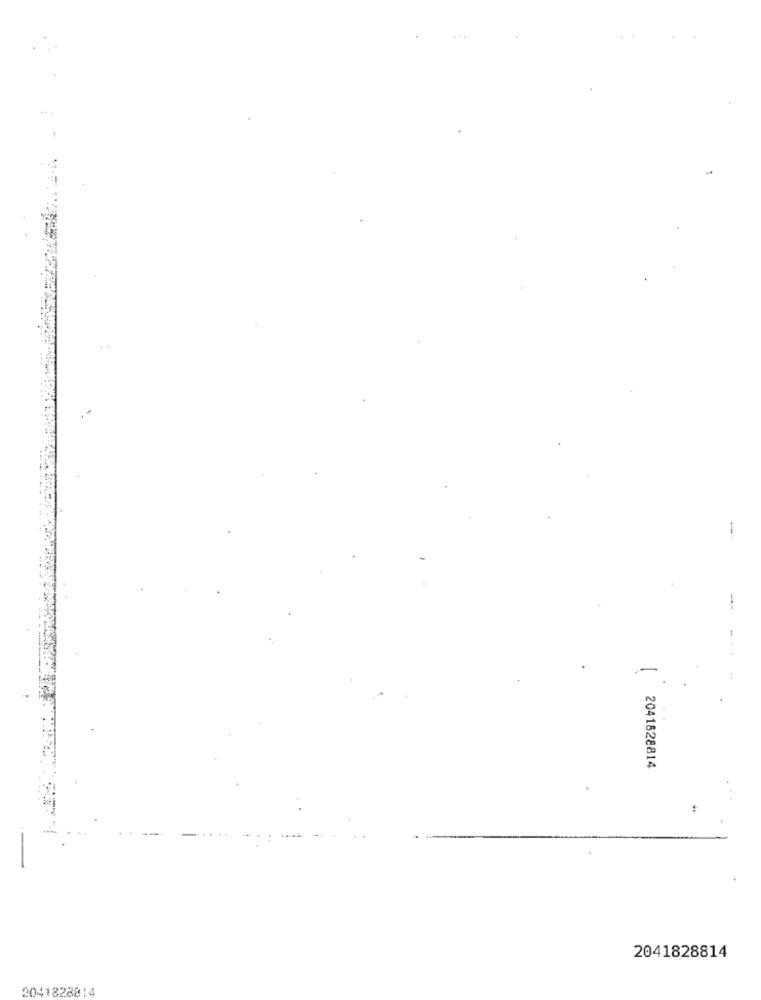
-
--
2041828814
2041828814
2041828814